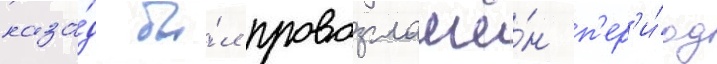
наза́д бы́л провозглашё́н п'ер'и́од